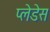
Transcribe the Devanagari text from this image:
प्लेडेस